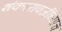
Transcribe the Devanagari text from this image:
शंकररावजींच्याच